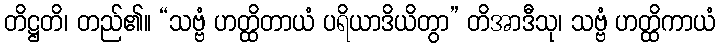
တိဋ္ဌတိ၊ တည်၏။ “သဗ္ဗံ ဟတ္ထိတာယံ ပရိယာဒိယိတွာ” တိအာဒီသု၊ သဗ္ဗံ ဟတ္ထိကာယံ